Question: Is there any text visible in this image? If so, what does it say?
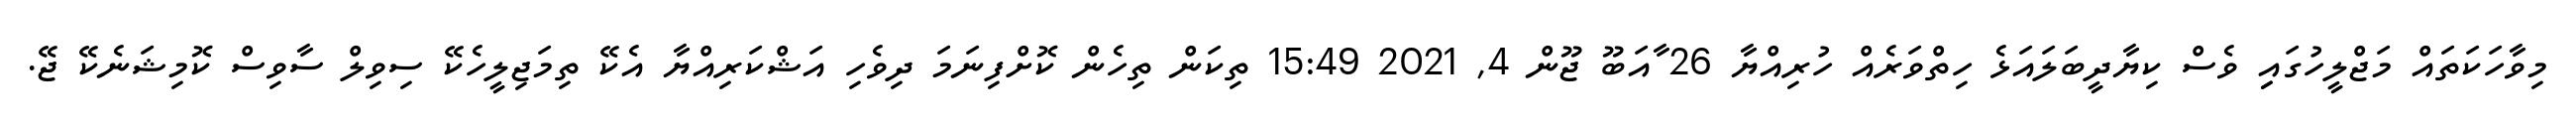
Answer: މިވާހަކަތައް މަޖްލީހުގައިި ވެސް ކިޔާދީބަލައަޅެ ހިތްވަރެއް ހުރިއްޔާ 26 ާއަބޫ ޖޫން 4, 2021 15:49 ތިކަން ތިހެން ކޮށްފިނަމަ ދިވެހި އަޝްކަރިއްޔާ އެކޭ ތިމަޖިލީހެކޭ ސިވިލް ސާވިސް ކޮމިޝަނެކޭ ޖޭ.